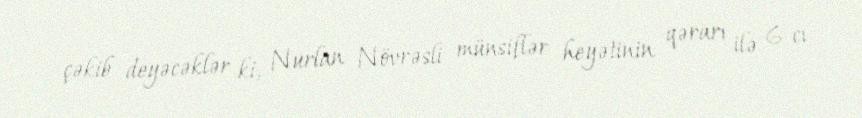
çəkib deyəcəklər ki, Nurlan Növrəsli münsiflər heyətinin qərarı ilə 6-cı